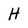
Character: H